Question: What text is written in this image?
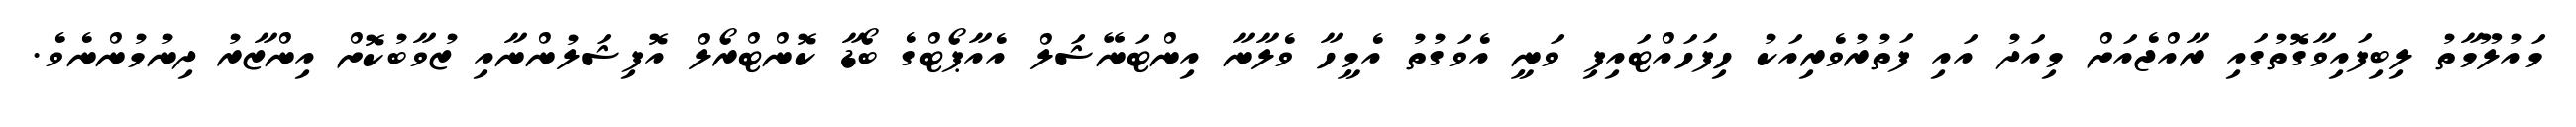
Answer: މައުލޫމާތު ލިބިފައިވާގޮތުގައި ރާއްޖެއަށް މިއަދު އައި ފަތުރުވެރިއަކު ހިފަހައްޓައިފި ވަނީ އެވަގުތު އެމީހާ ވެލާނާ އިންޓަނޭޝަލް އެއާޕޯޓްގެ ބޯޑާ ކޮންޓްރޯލް އޮފިޝަލުންނާއި ޒުވާބުކޮށް އިންޒާރު ދިނުމުންނެވެ.